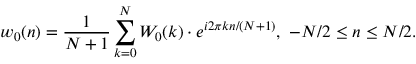
w _ { 0 } ( n ) = { \frac { 1 } { N + 1 } } \sum _ { k = 0 } ^ { N } W _ { 0 } ( k ) \cdot e ^ { i 2 \pi k n / ( N + 1 ) } , \ - N / 2 \leq n \leq N / 2 .